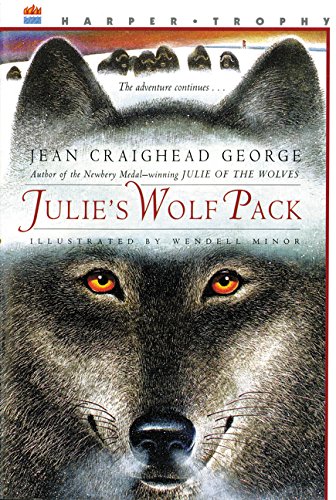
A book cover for Julie's Wolf Pack (Julie Series); Jean Craighead George; Children's Books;